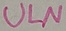
Text: ULN